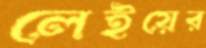
লেইয়ের